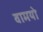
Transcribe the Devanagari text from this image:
वामयो